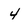
Character: 4